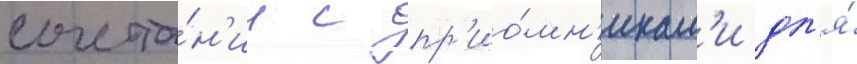
сочета́н'ии с пр'ио́мн'икам'и дл'я́